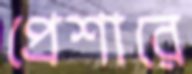
প্রেশারে